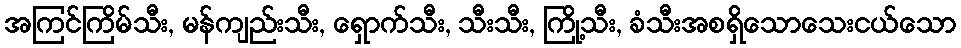
အကြင်ကြိမ်သီး, မန်ကျည်းသီး, ရှောက်သီး, သီးသီး, ကြို့သီး, ခံသီးအစရှိသောသေးငယ်သော